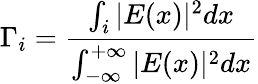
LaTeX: \Gamma_{i}=\frac{\int_{i}^{}|E(x)|^{2}dx}{\int_{-\infty}^{+\infty}|E(x)|^{2}dx}